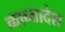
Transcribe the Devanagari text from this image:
काव्यादेश